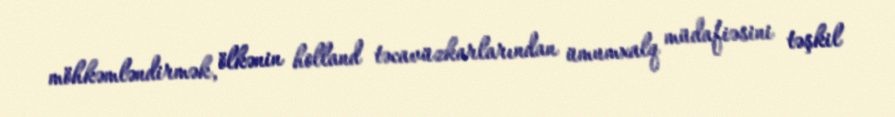
möhkəmləndirmək, ölkənin holland təcavüzkarlarından ümumxalq müdafiəsini təşkil